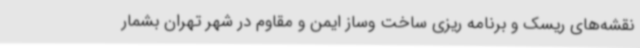
نقشه‌های ریسک و برنامه ریزی ساخت وساز ایمن و مقاوم در شهر تهران بشمار